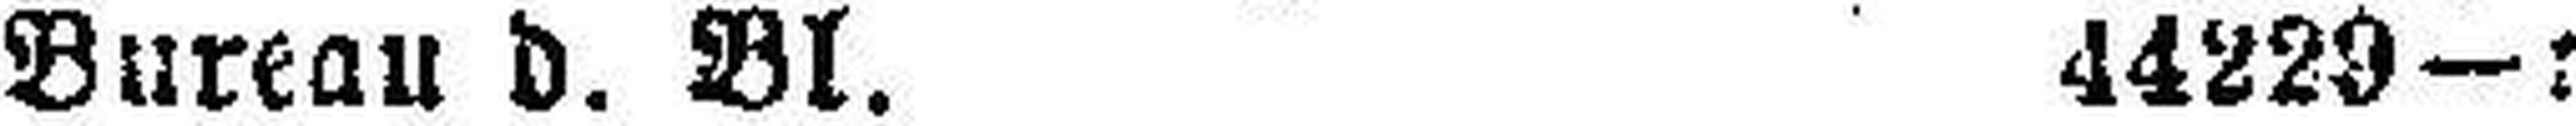
Bureau d. Bl. 44229—1